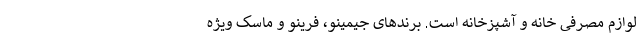
لوازم مصرفی خانه و آشپزخانه است. برندهای جیمینو، فرینو و ماسک ویژه